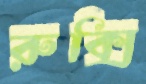
রুক্সি